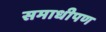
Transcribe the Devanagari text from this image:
समाधीपण